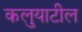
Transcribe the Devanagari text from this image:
कलुयाटील